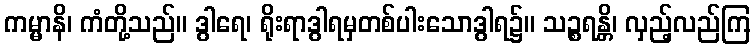
ကမ္မာနိ၊ ကံတို့သည်။ ဒွါရေ၊ ရိုးရာဒွါရမှတစ်ပါးသောဒွါရ၌။ သဉ္စရန္တိ၊ လှည့်လည်ကြ